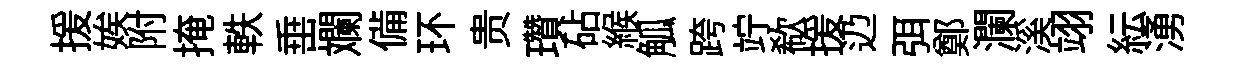
援娭附掩軼𡸁斕備环贵瓚砧緱觚跨竚欷援辸弭鄭瀾溪翊紜湧